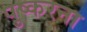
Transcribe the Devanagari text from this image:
पुष्करना